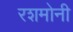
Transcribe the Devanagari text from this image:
रशमोनी